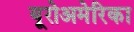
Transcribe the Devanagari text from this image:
यूरोअमेरिका